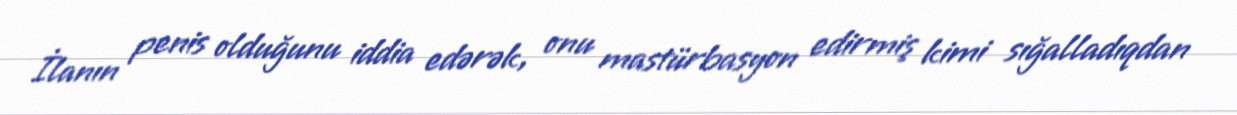
İlanın penis olduğunu iddia edərək, onu mastürbasyon edirmiş kimi sığalladıqdan